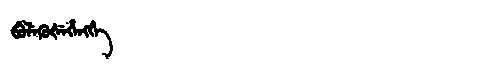
Manchu: ᠪᡠᠯᡝᡴᡠᡧᡝᡥᡝᠩᡤᡝ
Romanization: BULEKUŠEHENGGE